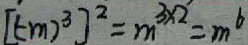
[ ( - m ) ^ { 3 } ] ^ { 2 } = m ^ { 3 \times 2 } = m ^ { 6 }